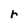
Character: r